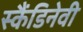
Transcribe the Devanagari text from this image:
स्कैंडिनेवी